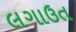
લગાઉત